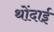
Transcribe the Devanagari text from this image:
थोंदाई